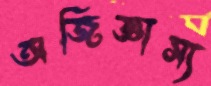
অজিজ্ঞাস্য